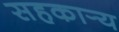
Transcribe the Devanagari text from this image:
सहकार्‍य